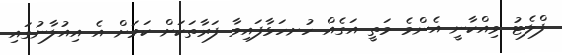
ފްލެޓު ވިއްކާނީ އެންމެ މަތީ އަގެއް ހުށހަޅާފައިވާ ފަރާތަކަށް ކަމަށް އެ އިއުލާނުގައި